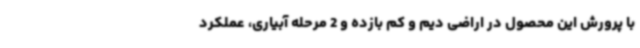
با پرورش این محصول در اراضی دیم و کم بازده و 2 مرحله آبیاری، عملکرد